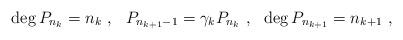
LaTeX: \begin{gather*} \deg P_{n_{k}} = n_{k} \ , \ \ P_{n_{k+1} -1} = \gamma_{k} P_{n_{k}} \ , \ \ \deg P_{n_{k+1}} = n_{k+1} \ ,\end{gather*}